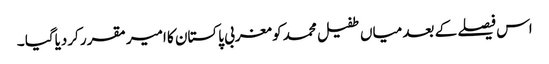
اس فیصلے کے بعد میاں طفیل محمد کو مغربی پاکستان کا امیر مقرر کردیاگیا ۔